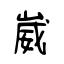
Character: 崴